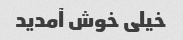
خیلی خوش آمدید